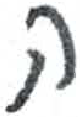
אות: ק